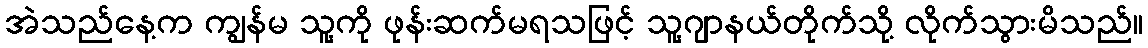
အဲသည်နေ့က ကျွန်မ သူ့ကို ဖုန်းဆက်မရသဖြင့် သူ့ဂျာနယ်တိုက်သို့ လိုက်သွားမိသည်။